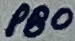
Text: PB0